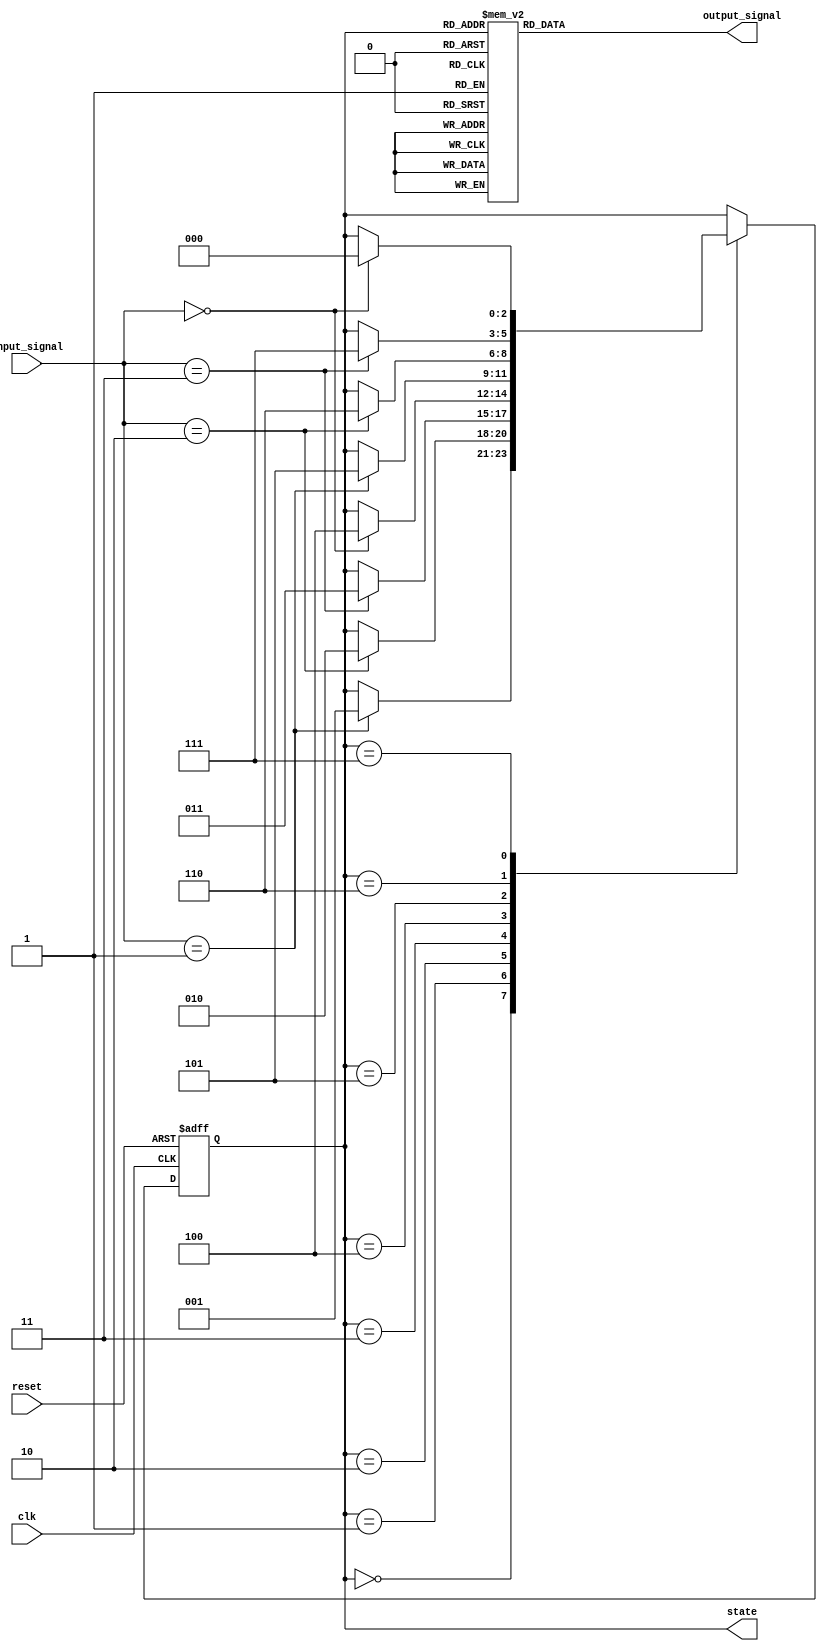
module pre_configured_state_init(
    input wire clk,           // Clock signal
    input wire reset,         // Reset signal (active high)
    input wire [1:0] input_signal, // Input conditions for state transitions
    output reg [2:0] state,   // State register (3 bits for 8 states)
    output reg output_signal   // Example output signal based on state
);

// State encoding
localparam STATE_A = 3'b000; // State A
localparam STATE_B = 3'b001; // State B
localparam STATE_C = 3'b010; // State C
localparam STATE_D = 3'b011; // State D
localparam STATE_E = 3'b100; // State E
localparam STATE_F = 3'b101; // State F
localparam STATE_G = 3'b110; // State G
localparam STATE_H = 3'b111; // State H

// Pre-defined initial state
localparam INITIAL_STATE = STATE_A;

// State transition logic
always @(posedge clk or posedge reset) begin
    if (reset) begin
        state <= INITIAL_STATE; // Set to initial state on reset
    end else begin
        case (state)
            STATE_A: if (input_signal == 2'b01) state <= STATE_B;
            STATE_B: if (input_signal == 2'b10) state <= STATE_C;
            STATE_C: if (input_signal == 2'b11) state <= STATE_D;
            STATE_D: if (input_signal == 2'b00) state <= STATE_E;
            STATE_E: if (input_signal == 2'b01) state <= STATE_F;
            STATE_F: if (input_signal == 2'b10) state <= STATE_G;
            STATE_G: if (input_signal == 2'b11) state <= STATE_H;
            STATE_H: if (input_signal == 2'b00) state <= STATE_A;
            default: state <= INITIAL_STATE; // Fallback
        endcase
    end
end

// Output logic based on current state
always @(*) begin
    case (state)
        STATE_A: output_signal = 1'b0;
        STATE_B: output_signal = 1'b1;
        STATE_C: output_signal = 1'b0;
        STATE_D: output_signal = 1'b1;
        STATE_E: output_signal = 1'b0;
        STATE_F: output_signal = 1'b1;
        STATE_G: output_signal = 1'b0;
        STATE_H: output_signal = 1'b1;
        default: output_signal = 1'b0; // Default output
    endcase
end

endmodule